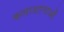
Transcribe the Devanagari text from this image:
कलाशानाओं